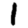
Digit: 1